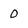
Character: O